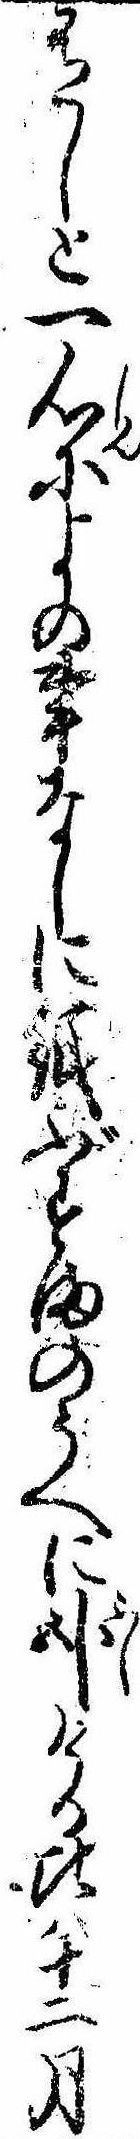
有しと一心によの事なしに紙ぶすまのうへに臥ける比は十二月